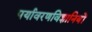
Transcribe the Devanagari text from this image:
पर्यावरणविज्ञानियों